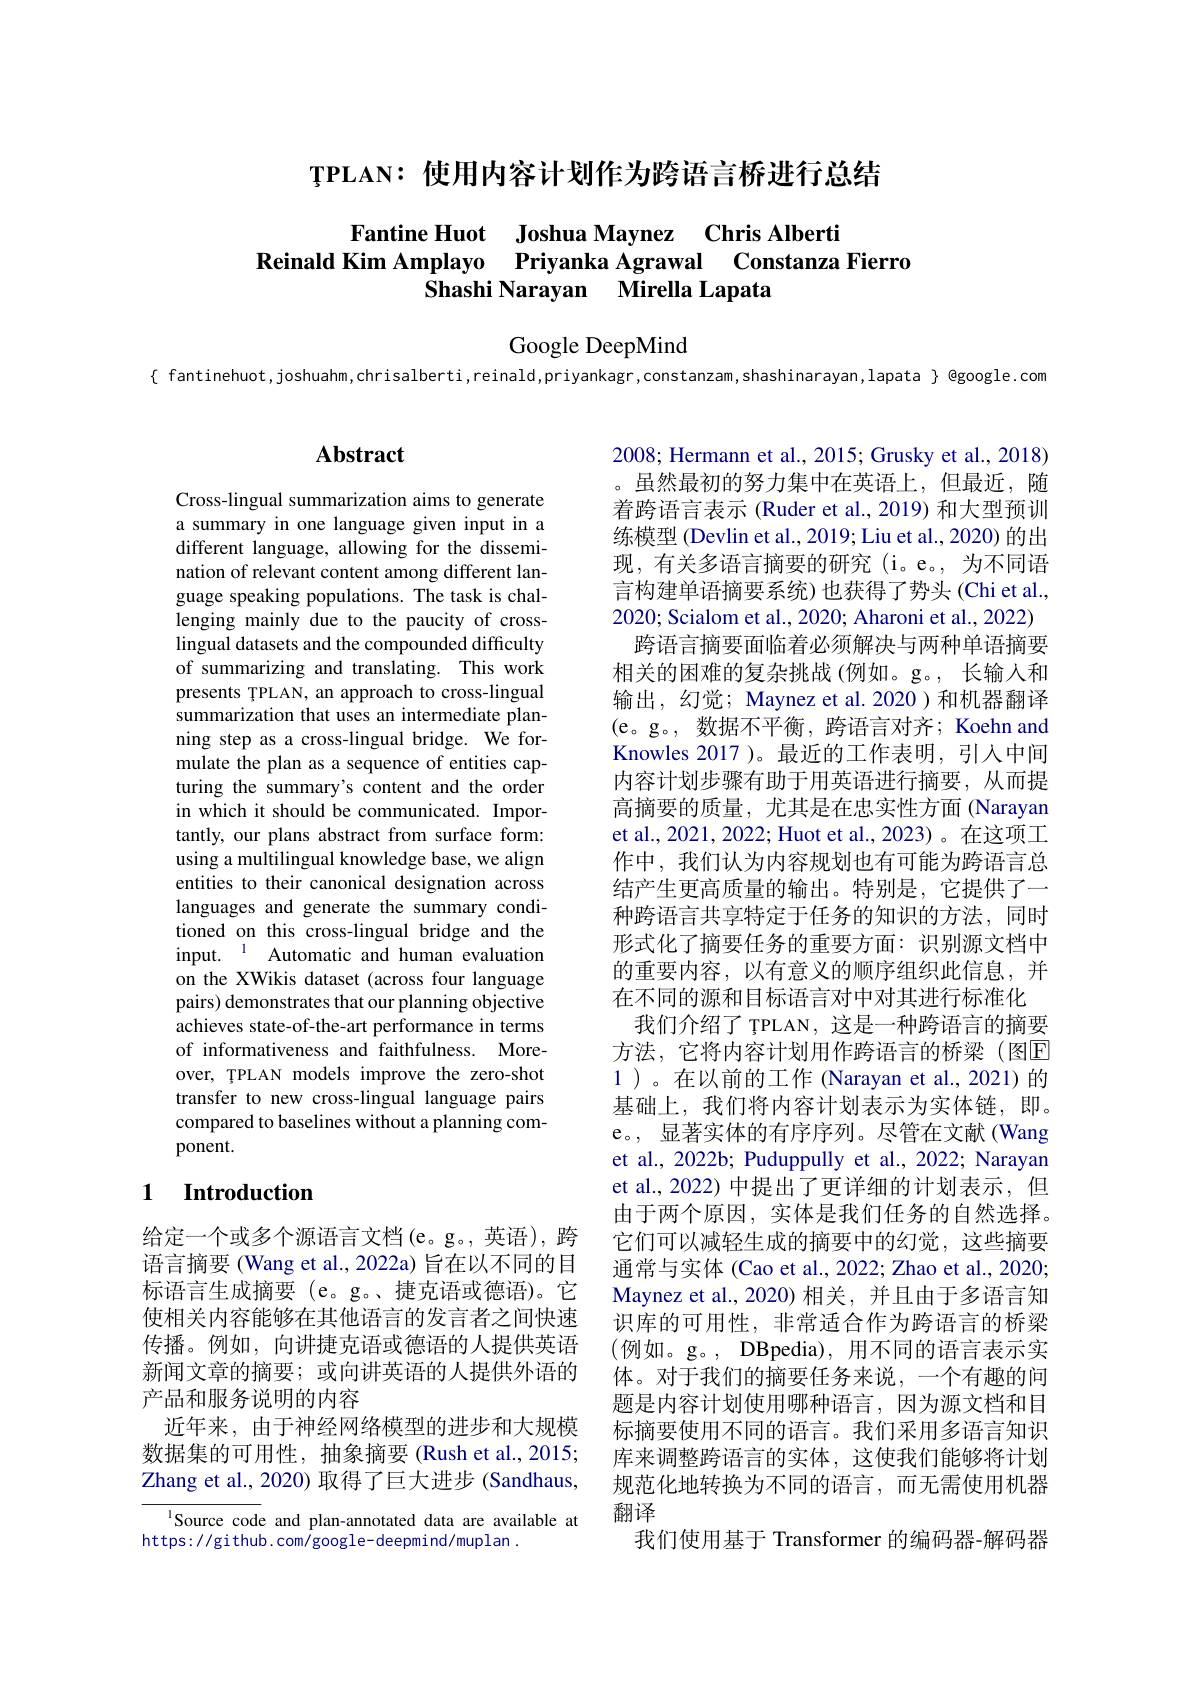
$\textbf{Ț PLAN: 使 用 内 容 计 划 作 为 跨 语 言 桥 进 行 总 结 }$

# $\begin{array}{cc}\text{Fantine Huot}&\text{Joshua Maynez Chris Alberti}\\\textbf{Reinald Kim Amplayo}&\text{Priyanka Agrawal}&\text{Constanza Fierro}\\\text{Constanza Fierro}\end{array}$ hashi Naravan Mirella Lanata

Google DeepMind

$\{$ fantinehuot,joshuahm,chrisalberti,reinald,priyankagr,constanzam,shashinarayan,lapata $\}$ @google.com

# Abstract

Cross-lingual summarization aims to generate a summary in one language given input in a different language, allowing for the dissemination of relevant content among different language speaking populations. The task is challenging mainly due to the paucity of crosslingual datasets and the compounded difficulty of summarizing and translating. This work presents ȚPLAN, an approach to cross-lingual summarization that uses an intermediate planning step as a cross-lingual bridge. We formulate the plan as a sequence of entities capturing the summary's content and the order in which it should be communicated. Importantly, our plans abstract from surface form: using a multilingual knowledge base, we align entities to their canonical designation across languages and generate the summary conditioned on this cross-lingual bridge and the input. $^{1}$ Automatic and human evaluation on the XWikis dataset (across four language pairs) demonstrates that our planning objective achieves state-of-the-art performance in terms of informativeness and faithfulness. Moreover, ȚPLAN models improve the zero-shot transfer to new cross-lingual language pairs compared to baselines without a planning component.

2008; Hermann et al., 2015; Grusky et al., 2018) 。虽然最初的努力集中在英语上，但最近，随着跨语言表示 (Ruder et al., 2019) 和大型预训练模型 (Devlin et al., 2019; Liu et al., 2020) 的出现，有关多语言摘要的研究(i。e。,为不同语言构建单语摘要系统)也获得了势头(Chi et al., 2020; Scialom et al., 2020; Aharoni et al., 2022) 跨语言摘要面临着必须解决与两种单语摘要相关的困难的复杂挑战(例如。g。, 长输入和输出，幻觉；Maynez et al. 2020)和机器翻译(e。g。,数据不平衡，跨语言对齐；Koehn and Knowles 2017 )。最近的工作表明，引入中间内容计划步骤有助于用英语进行摘要，从而提高摘要的质量，尤其是在忠实性方面 (Narayan et al., 2021, 2022; Huot et al., 2023)。在这项工作中，我们认为内容规划也有可能为跨语言总结产生更高质量的输出。特别是，它提供了一种跨语言共享特定于任务的知识的方法，同时形式化了摘要任务的重要方面：识别源文档中的重要内容，以有意义的顺序组织此信息，并在不同的源和目标语言对中对其进行标准化
我们介绍了 ȚPLAN, 这是一种跨语言的摘要方法，它将内容计划用作跨语言的桥梁(图$\overline{\mathrm{E}}$ 1)。在以前的工作 (Narayan et al.,2021)的基础上，我们将内容计划表示为实体链，即。e。, 显著实体的有序序列。尽管在文献(Wang et al., 2022b; Puduppully et al., 2022; Narayan et al., 2022) 中提出了更详细的计划表示，但由于两个原因，实体是我们任务的自然选择。它们可以减轻生成的摘要中的幻觉，这些摘要通常与实体 (Cao et al., 2022; Zhao et al., 2020; Maynez et al.,2020) 相关，并且由于多语言知识库的可用性，非常适合作为跨语言的桥梁(例如。g。, DBpedia), 用不同的语言表示实体。对于我们的摘要任务来说，一个有趣的问题是内容计划使用哪种语言，因为源文档和目标摘要使用不同的语言。我们采用多语言知识库来调整跨语言的实体，这使我们能够将计划规范化地转换为不同的语言，而无需使用机器翻译
我们使用基于 Transformer 的编码器-解码器

### 1 $\textbf{Introduction}$

给定一个或多个源语言文档(e。g。,英语), 跨语言摘要 (Wang et al., 2022a) 旨在以不同的目标语言生成摘要(e。g。、捷克语或德语)。它使相关内容能够在其他语言的发言者之间快速传播。例如，向讲捷克语或德语的人提供英语新闻文章的摘要；或向讲英语的人提供外语的产品和服务说明的内容
近年来，由于神经网络模型的进步和大规模数据集的可用性，抽象摘要 (Rush et al., 2015; Zhang et al., 2020) 取得了巨大进步 (Sandhaus,

Source code and plan-annotated data are available at
https://github.com/google-deepmind/muplan.